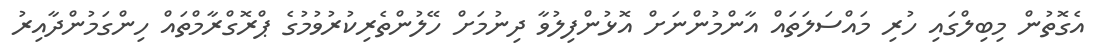
އެގޮތުން މިބިލްގައި ހުރި މައްސަލަތައް އާންމުންނަށް އޮޅުންފިލުވާ ދިނުމަށް ހޭލުންތެރިކުރުވުމުގެ ޕްރޮގްރާމްތައް ހިންގަމުންދާއިރު